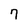
Character: 7